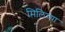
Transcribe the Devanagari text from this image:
मिलिच्या